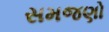
સમજણો